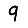
Digit: 9